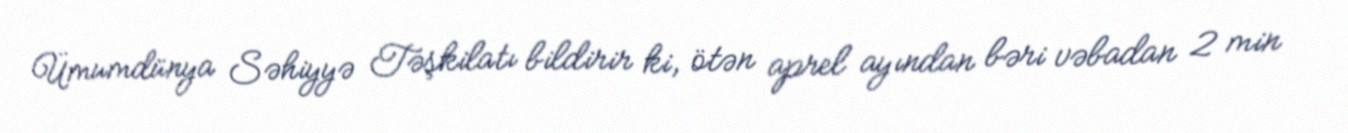
Ümumdünya Səhiyyə Təşkilatı bildirir ki, ötən aprel ayından bəri vəbadan 2 min